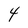
Character: 4